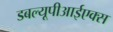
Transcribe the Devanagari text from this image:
डबल्यूपीआईएक्स